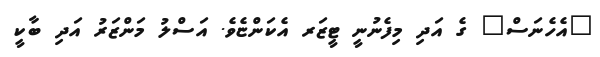
"އެހެނަސް" ގެ އަދި މިފެނުނީ ޓީޒަރ އެކަންޏެވެ. އަސްލު މަންޒަރު އަދި ބާކީ